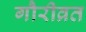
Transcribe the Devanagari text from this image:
गौरीव्रत